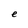
Character: e